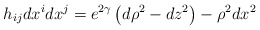
\begin{align*}h_{ij}dx^i dx^j=e^{2\gamma} \left(d\rho^2-dz^2\right)-\rho^2 dx^2\end{align*}